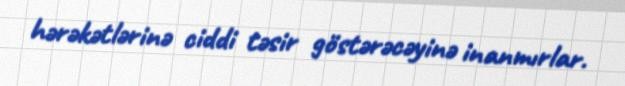
hərəkətlərinə ciddi təsir göstərəcəyinə inanmırlar.